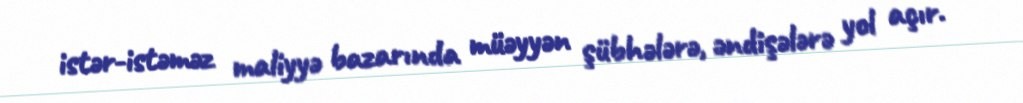
istər-istəməz maliyyə bazarında müəyyən şübhələrə, əndişələrə yol açır.